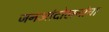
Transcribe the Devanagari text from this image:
जनआंदोलनांचा